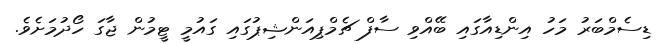
ޑިސެމްބަރު މަހު އިންޑިއާގައި ބޭއްވި ސާފް ޗެމްޕިއަންޝިޕުގައި ގައުމީ ޓީމުން ޖާގަ ހޯދުމަށެވެ.